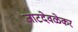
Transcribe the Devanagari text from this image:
जाटदेवळेकर